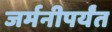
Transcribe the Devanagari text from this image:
जर्मनीपर्यंत